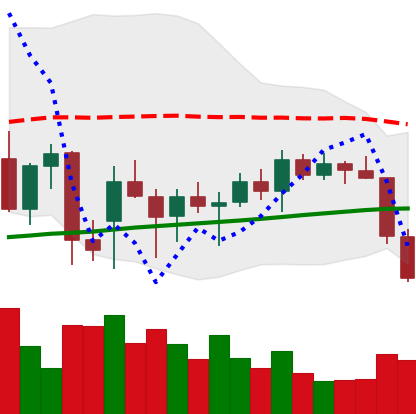
Ticker: ETH-USD
Chart end date: 2021-12-29
Forward return: 3.661%
Label: up_3_5